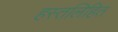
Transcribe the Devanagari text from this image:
हस्तलिहित